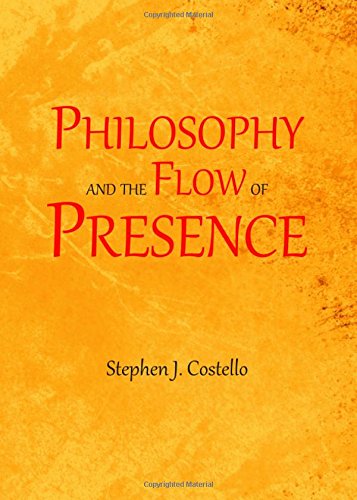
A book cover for Philosophy and the Flow of Presence (Religion); Stephen Costello; Politics & Social Sciences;